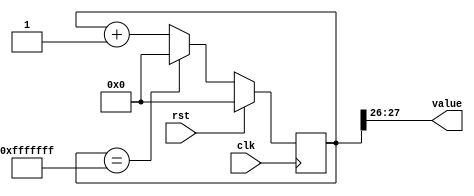
/*
   This file was generated automatically by Alchitry Labs version 1.2.7.
   Do not edit this file directly. Instead edit the original Lucid source.
   This is a temporary file and any changes made to it will be destroyed.
*/

/*
   Parameters:
     SIZE = 2
     DIV = 26
     TOP = 3
     UP = 1
*/
module counter_9 (
    input clk,
    input rst,
    output reg [1:0] value
  );
  
  localparam SIZE = 2'h2;
  localparam DIV = 5'h1a;
  localparam TOP = 2'h3;
  localparam UP = 1'h1;
  
  
  reg [27:0] M_ctr_d, M_ctr_q = 1'h0;
  
  localparam MAX_VALUE = 28'hfffffff;
  
  always @* begin
    M_ctr_d = M_ctr_q;
    
    value = M_ctr_q[26+1-:2];
    if (1'h1) begin
      M_ctr_d = M_ctr_q + 1'h1;
      if (1'h1 && M_ctr_q == 28'hfffffff) begin
        M_ctr_d = 1'h0;
      end
    end else begin
      M_ctr_d = M_ctr_q - 1'h1;
      if (1'h1 && M_ctr_q == 1'h0) begin
        M_ctr_d = 28'hfffffff;
      end
    end
  end
  
  always @(posedge clk) begin
    if (rst == 1'b1) begin
      M_ctr_q <= 1'h0;
    end else begin
      M_ctr_q <= M_ctr_d;
    end
  end
  
endmodule